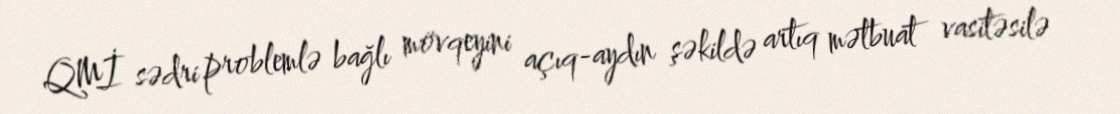
QMİ sədri problemlə bağlı mövqeyini açıq-aydın şəkildə artıq mətbuat vasitəsilə